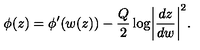
\phi ( z ) = \phi ^ { \prime } ( w ( z ) ) - \frac { Q } { 2 } \log \biggl | \frac { d z } { d w } \biggr | ^ { 2 } .